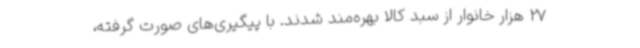
27 هزار خانوار از سبد کالا بهره‌مند شدند. با پیگیری‌های صورت گرفته،